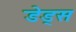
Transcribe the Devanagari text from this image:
डेड्स